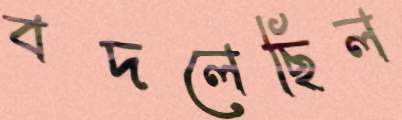
বদলেছিল